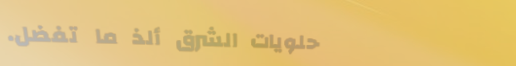
حلويات الشرق ألذ ما تفضل.